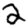
Digit: 2